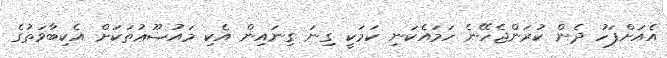
އެއަށްފަހު ދެން ކުރަންޖެހޭނެ ހަމައެކަނި ކަމަކީ ގިނަ ގިނައިން އެކި މައުޟޫޢުތަކަށް އެކިބާވަތުގެ